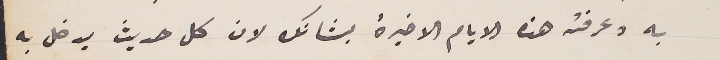
به وعرفته هذه الايام الاخيرة بشانك لان كال حديث يدخل به